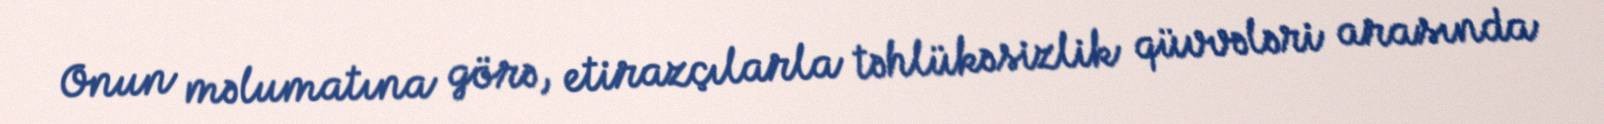
Onun məlumatına görə, etirazçılarla təhlükəsizlik qüvvələri arasında